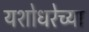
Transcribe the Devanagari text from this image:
यशोधरेच्या